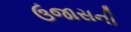
ઉજાસની